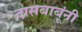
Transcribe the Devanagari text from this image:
दासबाबूंनी